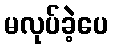
မလုပ်ခဲ့ပေ